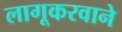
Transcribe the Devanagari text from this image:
लागूकरवाने